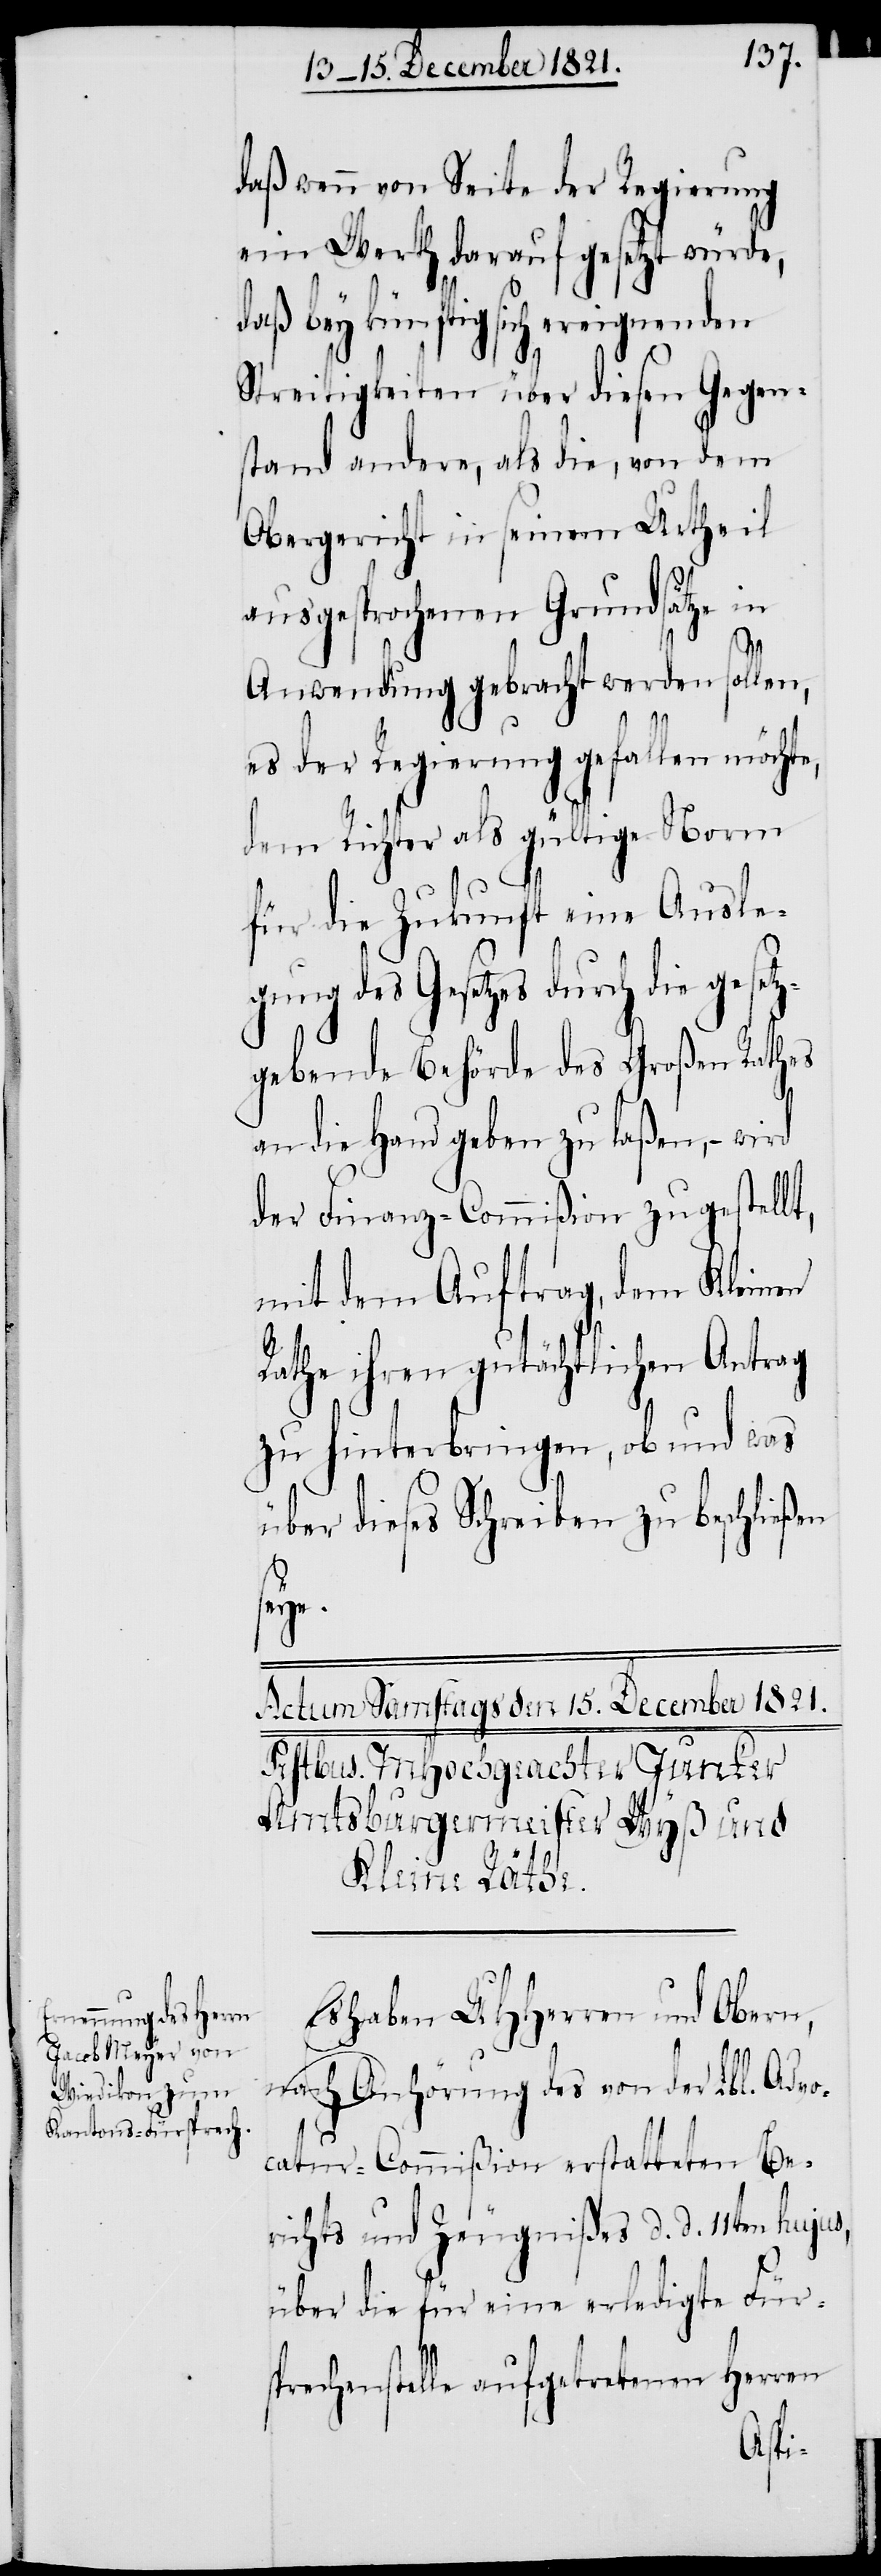
daß wenn von Seite der Regierung
ein Werth darauf gesetzt würde,
daß bey künftig sich ereignenden
Streitigkeiten über diesen Gegen¬
stand andere, als die, von dem
Obergericht in seinem Urtheil
ausgesprochenen Grundsätze in
t,
Anwendung gebracht werden sollen,
es der Regierung gefallen möchte,
dem Richter als gültige Norm
für die Zukunft eine Ausle¬
gung des Gesetzes durch die geset¬
zgebende Behörde des Großen Rathes
an die Hand geben zu laßen, – wird
der Finanz-Commißion zugestell¬
mit dem Auftrag, dem Kleinen
Rathe ihren gutächtlichen Antrag
zu hinterbringen, ob und was
über dieses Schreiben zu beschließen
e.
Es haben UHHerren und Obern,
nach Anhörung des von der Lbl. Advo¬
catur-Commißion erstatteten Be¬
richts und Zeugnißes d. d. 11ten hujus,
über die für eine erledigte Für¬
sprechenstelle aufgetretenen Herren